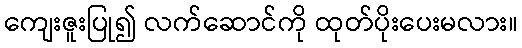
ကျေးဇူးပြု၍ လက်ဆောင်ကို ထုတ်ပိုးပေးမလား။